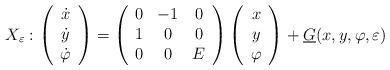
LaTeX: \begin{align*}{X_{\varepsilon}} :\left(\begin{array}{c}\dot x \\\dot y \\\dot \varphi\end{array} \right)=\left(\begin{array}{ccc}0&-1&0 \\1&0&0 \\0&0&E\end{array}\right)\left(\begin{array}{c}x \\y \\\varphi\end{array}\right)+ \underline G (x,y,\varphi , \varepsilon)\end{align*}